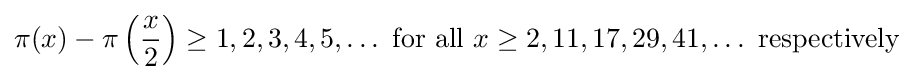
\pi (x)-\pi \left({\frac {x}{2}}\right)\geq 1,2,3,4,5,\ldots {\text{ for all }}x\geq 2,11,17,29,41,\ldots {\text{ respectively}}